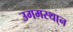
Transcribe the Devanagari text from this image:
उगमस्था्न